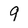
Character: 9